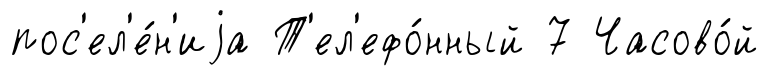
пос'ел'е́н'иjа Т'ел'ефо́нный 7 Часово́й